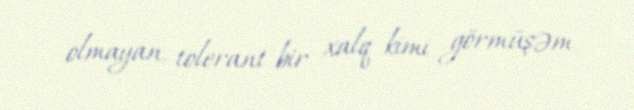
olmayan, tolerant bir xalq kimi görmüşəm.